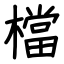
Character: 檔